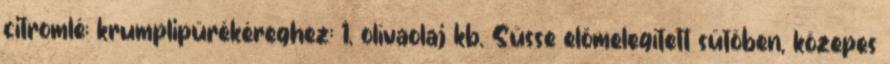
citromlé; krumplipürékéreghez: 1, olívaolaj kb. Süsse elõmelegített sütõben, közepes